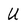
Character: U